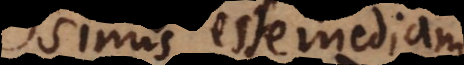
[sinum] esse mediam